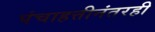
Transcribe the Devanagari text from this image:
पंचाहत्तीनंतरही